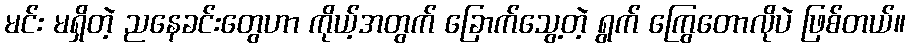
မင်း မရှိတဲ့ ညနေခင်းတွေဟာ ကိုယ့်အတွက် ခြောက်သွေ့တဲ့ ရွက် ကြွေတောလိုပဲ ဖြစ်တယ်။